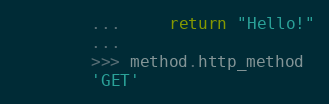
Language: Python
        ...     return "Hello!"
        ...
        >>> method.http_method
        'GET'